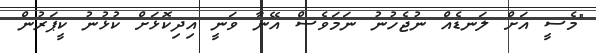
"މެސީ އަށް ލަނޑެއް ނުޖެހުނު ނަމަވެސް އޭނާ ވަނީ އިދިކޮޅަށް ކުޅުނު ކީޕަރުން